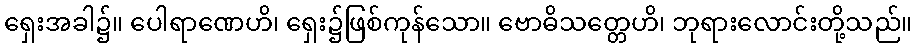
ရှေးအခါ၌။ ပေါရာဏေဟိ၊ ရှေး၌ဖြစ်ကုန်သော။ ဗောဓိသတ္တေဟိ၊ ဘုရားလောင်းတို့သည်။